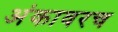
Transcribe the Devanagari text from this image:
अंकावरच